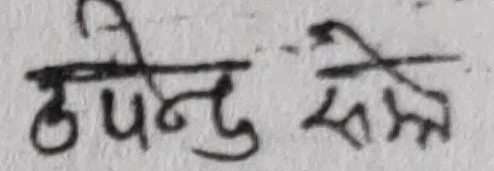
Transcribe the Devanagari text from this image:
उपेन्दु संक्ष